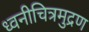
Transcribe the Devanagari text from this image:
ध्वनीचित्रमुद्रण